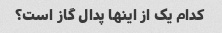
کدام یک از اینها پدال گاز است؟